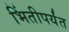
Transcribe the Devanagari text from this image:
भिंतीपर्यंत